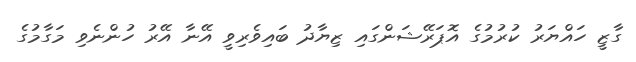
ގާޒީ ހައްޔަރު ކުރުމުގެ އޮޕަރޭޝަންގައި ޒިޔާދު ބައިވެރިވީ އޭނާ އޭރު ހުންނެވި މަގާމުގެ